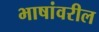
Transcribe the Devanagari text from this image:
भाषांवरील